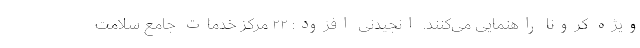
ویژه کرونا راهنمایی می‌کنند. انجیدنی افزود: ۲۲ مرکز خدمات جامع سلامت